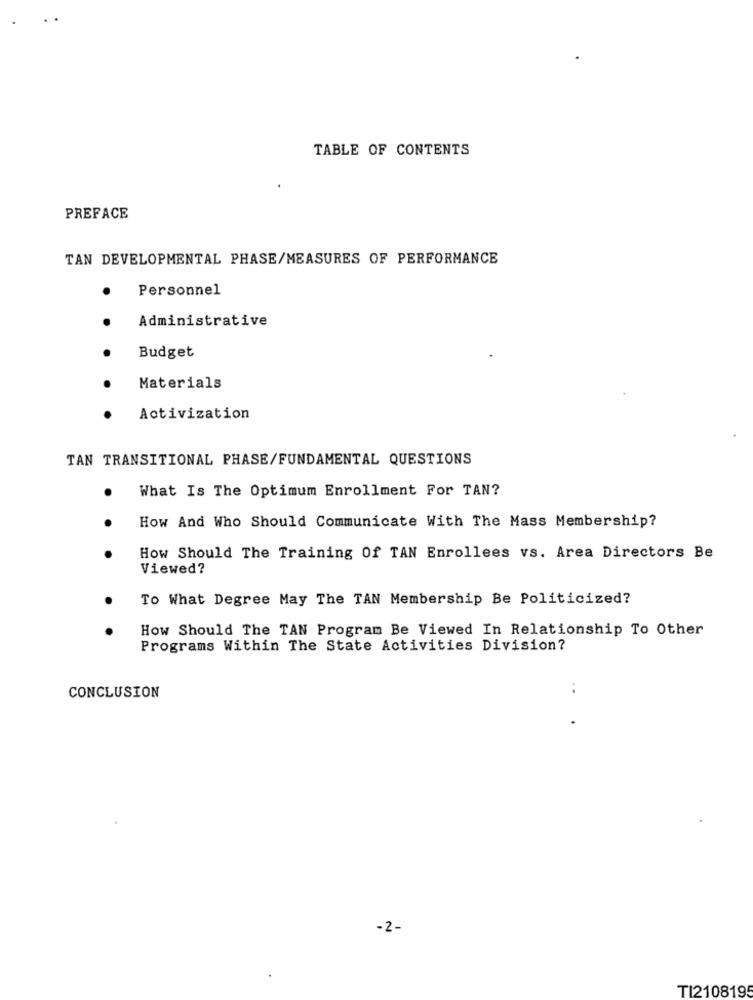
TABLE OF CONTENTS
PREFACE
TAN DEVELOPMENTAL PHASE/MEASURES OF PERFORMANCE
Personnel
Administrative
Budget
Materials
Activization
TAN TRANSITIONAL PHASE/FUNDAMENTAL QUESTIONS
What Is The Optimum Enrollment For TAN?
How And Who Should Communicate With The Mass Membership?
How Should The Training Of TAN Enrollees vs. Area Directors Be
Viewed?
To What Degree May The TAN Membership Be Politicized?
How Should The TAN Program Be Viewed In Relationship To Other
Programs Within The State Activities Division?
CONCLUSION
..
-2-
TI2108195